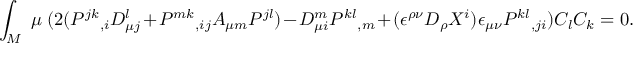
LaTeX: \int _ { M } \; \mu \; ( 2 ( P ^ { j k } { } _ { , i } D _ { \mu j } ^ { l } + P ^ { m k } { } _ { , i j } A _ { \mu m } P ^ { j l } ) - D _ { \mu i } ^ { m } P ^ { k l } { } _ { , m } + ( \epsilon ^ { \rho \nu } D _ { \rho } X ^ { i } ) \epsilon _ { \mu \nu } P ^ { k l } { } _ { , j i } ) C _ { l } C _ { k } = 0 .